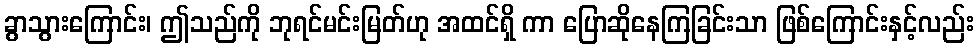
ခွာသွားကြောင်း၊ ဤသည်ကို ဘုရင်မင်းမြတ်ဟု အထင်ရှိ ကာ ပြောဆိုနေကြခြင်းသာ ဖြစ်ကြောင်းနှင့်လည်း